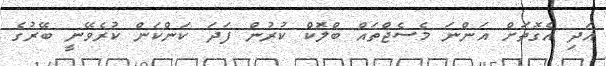
އަދި އެގޮތަށް އަންނަ މެސެޖްތައް ބްލޮކް ކުރުން ފަދަ ކަންކަން ކުރެވޭނީ ބޭރުގެ